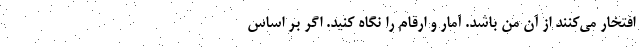
افتخار می‌کنند از آن من باشد. آمار و ارقام را نگاه کنید. اگر بر اساس